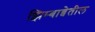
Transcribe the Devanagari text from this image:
झिम्बाब्वेतील